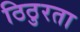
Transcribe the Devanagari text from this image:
ठिठुरता